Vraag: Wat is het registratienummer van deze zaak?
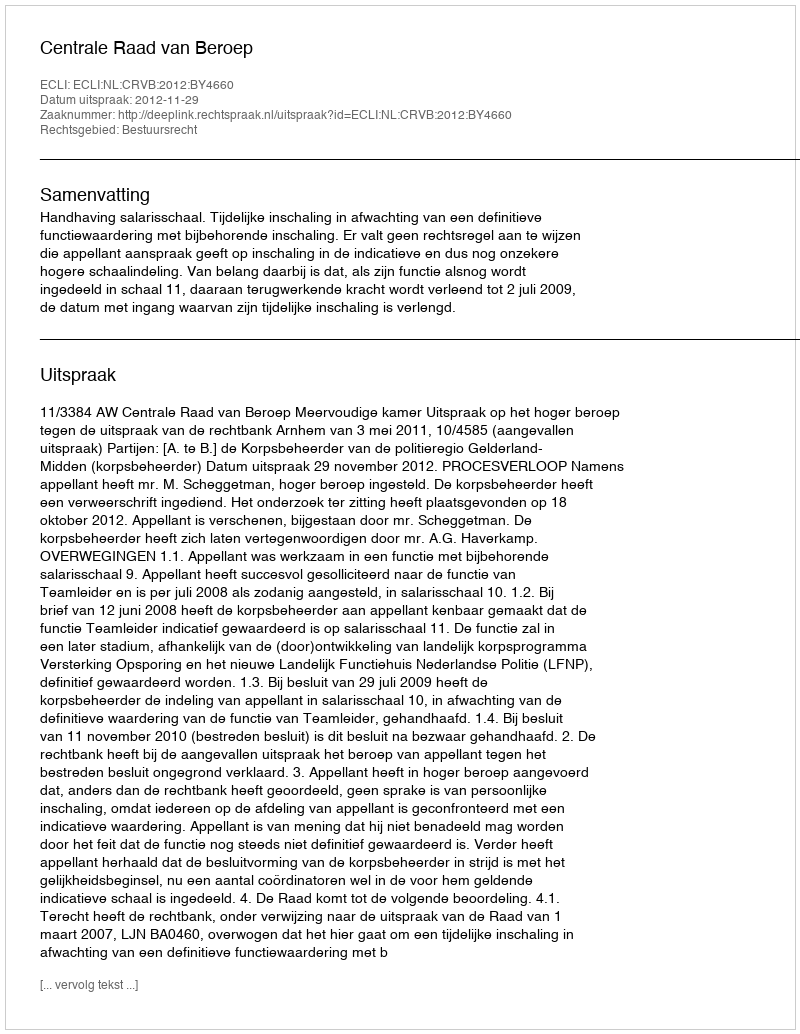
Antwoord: http://deeplink.rechtspraak.nl/uitspraak?id=ECLI:NL:CRVB:2012:BY4660